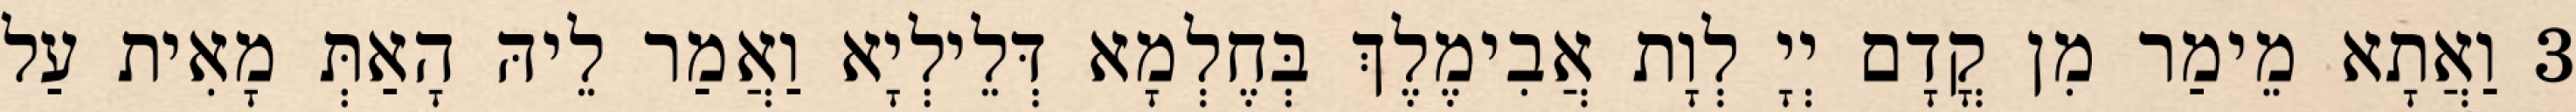
3 וַאֲתָא מֵימַר מִן קֳדָם יְיָ לְוָת אֲבִימֶלֶךְ בְּחֶלְמָא דְּלֵילְיָא וַאֲמַר לֵיהּ הָאַתְּ מָאִית עַל